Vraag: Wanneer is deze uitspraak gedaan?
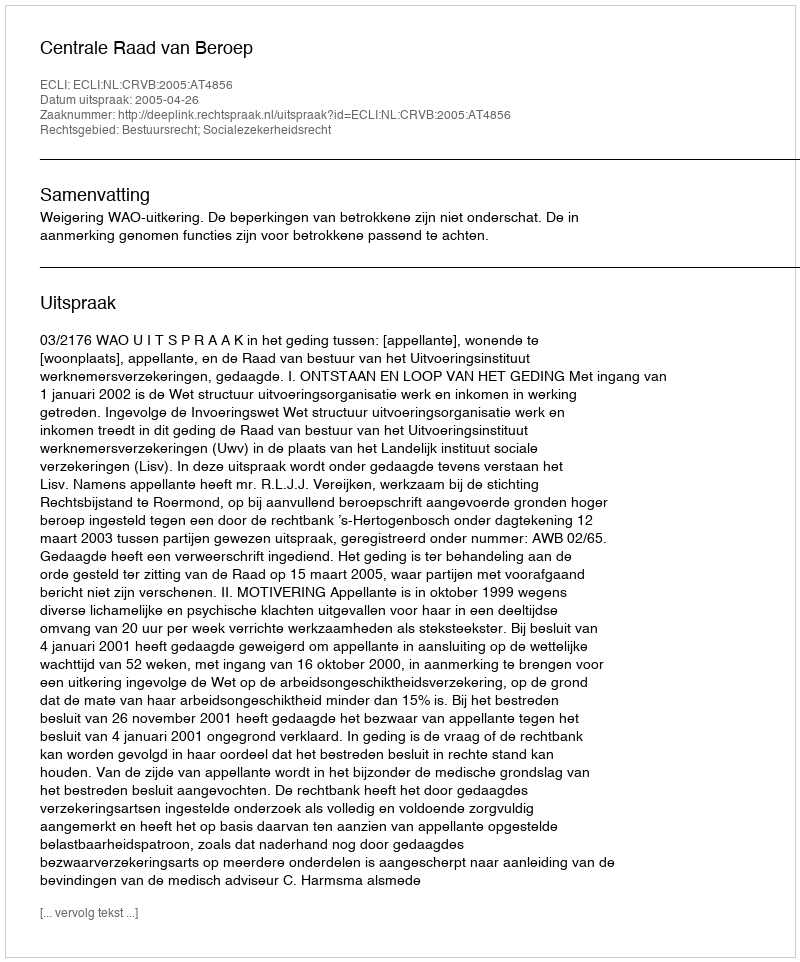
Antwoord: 2005-04-26